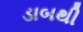
ડાબથી